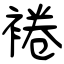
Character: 裷